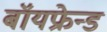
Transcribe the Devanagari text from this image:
बॉयफ्रेन्ड